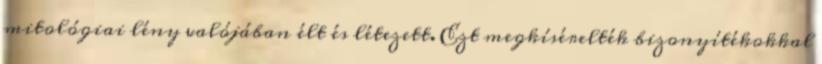
mitológiai lény valójában élt és létezett. Ezt megkísérelték bizonyítékokkal